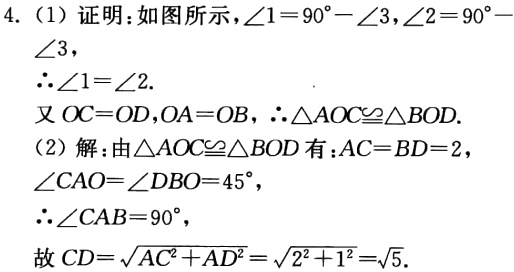
4. (1) 证明: 如图所示，\(\angle1 = 90^{\circ}-\angle3\)，\(\angle2 = 90^{\circ}-\angle3\)，
\(\therefore\angle1=\angle2\).
又 \(OC = OD\)，\(OA = OB\)，\(\therefore\triangle AOC\cong\triangle BOD\).
(2) 解: 由\(\triangle AOC\cong\triangle BOD\)有：\(AC = BD = 2\)，\(\angle CAO=\angle DBO = 45^{\circ}\)，
\(\therefore\angle CAB = 90^{\circ}\)，
故 \(CD=\sqrt{AC^{2}+AD^{2}}=\sqrt{2^{2}+1^{2}}=\sqrt{5}\).